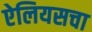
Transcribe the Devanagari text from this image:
ऐलियसचा